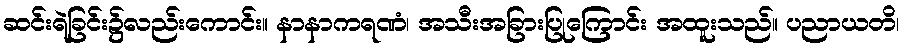
ဆင်းရဲခြင်း၌လည်းကောင်း။ နာနာကရဏံ၊ အသီးအခြားပြုကြောင်း အထူးသည်။ ပညာယတိ၊